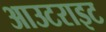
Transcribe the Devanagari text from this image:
आउटराइट